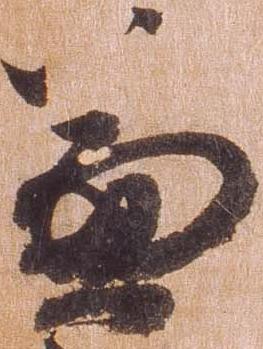
兼